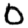
Digit: 0